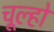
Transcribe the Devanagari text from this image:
चूल्हो